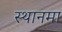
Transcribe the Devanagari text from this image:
स्थानमा